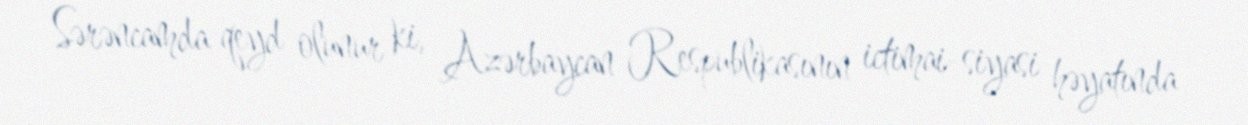
Sərəncamda qeyd olunur ki, Azərbaycan Respublikasının ictimai-siyasi həyatında